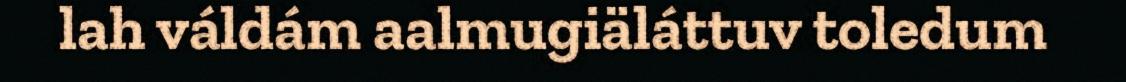
lah váldám aalmugiäláttuv toledum